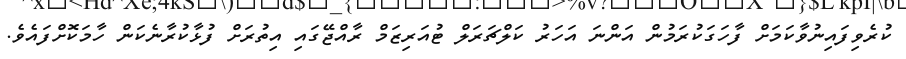
ކުރެވިފައިނުވާކަމަށް ފާހަގަކުރަމުން އަންނަ އަހަރު ކަލްޗަރަލް ޓުއަރިޒަމް ރާއްޖޭގައި އިތުރަށް ފުޅާކުރާނެކަން ހާމަކޮށްފައެވެ.